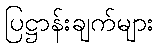
ပြဋ္ဌာန်းချက်များ